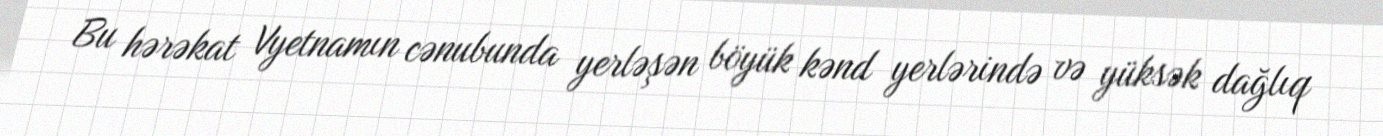
Bu hərəkat Vyetnamın cənubunda yerləşən böyük kənd yerlərində və yüksək dağlıq